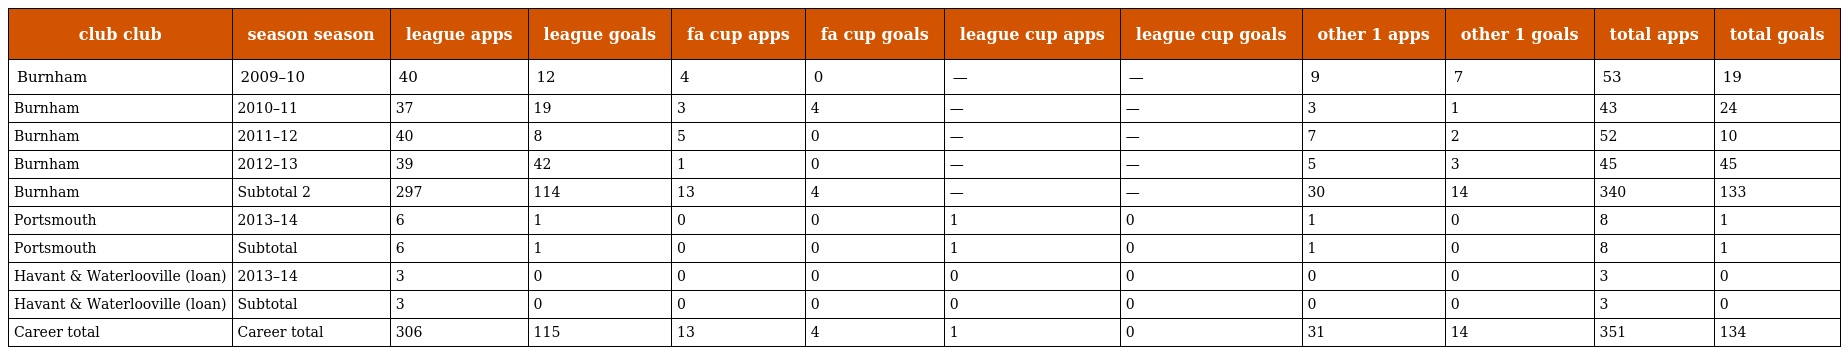
| club club | season season | league apps | league goals | fa cup apps | fa cup goals | league cup apps | league cup goals | other 1 apps | other 1 goals | total apps | total goals |
 | --- | --- | --- | --- | --- | --- | --- | --- | --- | --- | --- | --- |
 | Burnham | 2009–10 | 40 | 12 | 4 | 0 | — | — | 9 | 7 | 53 | 19 |
 | Burnham | 2010–11 | 37 | 19 | 3 | 4 | — | — | 3 | 1 | 43 | 24 |
 | Burnham | 2011–12 | 40 | 8 | 5 | 0 | — | — | 7 | 2 | 52 | 10 |
 | Burnham | 2012–13 | 39 | 42 | 1 | 0 | — | — | 5 | 3 | 45 | 45 |
 | Burnham | Subtotal 2 | 297 | 114 | 13 | 4 | — | — | 30 | 14 | 340 | 133 |
 | Portsmouth | 2013–14 | 6 | 1 | 0 | 0 | 1 | 0 | 1 | 0 | 8 | 1 |
 | Portsmouth | Subtotal | 6 | 1 | 0 | 0 | 1 | 0 | 1 | 0 | 8 | 1 |
 | Havant & Waterlooville (loan) | 2013–14 | 3 | 0 | 0 | 0 | 0 | 0 | 0 | 0 | 3 | 0 |
 | Havant & Waterlooville (loan) | Subtotal | 3 | 0 | 0 | 0 | 0 | 0 | 0 | 0 | 3 | 0 |
 | Career total | Career total | 306 | 115 | 13 | 4 | 1 | 0 | 31 | 14 | 351 | 134 |